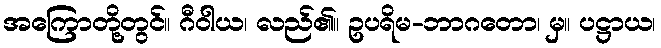
အကြောတို့တွင်။ ဂီဝါယ၊ လည်၏။ ဥပရိမ-ဘာဂတော၊ မှ။ ပဋ္ဌာယ၊